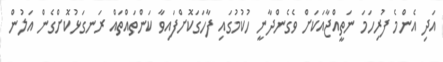
އަދި އެންމެ ފުރިހަމަ ނަތީއްޖާއަކަށް ވެގެންދާނީ ހުކުމުގައި ފާހަގަކޮށްފައިވާ ކަންތައްތައް ރަނގަޅުކޮށްގެން އަލުން